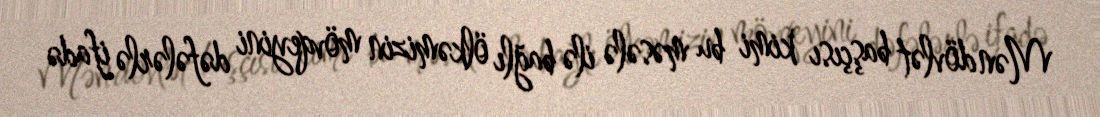
Mən dövlət başçısı kimi bu məsələ ilə bağlı ölkəmizin mövqeyini dəfələrlə ifadə